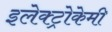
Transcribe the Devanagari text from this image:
इलेक्ट्रोकेमी